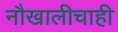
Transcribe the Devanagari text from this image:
नौखालीचाही